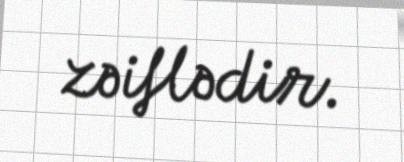
zəiflədir.